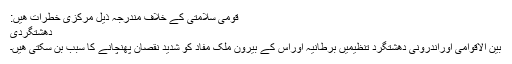
قومی سلامتی کے خلاف مندرجہ ذيل مرکزی خطرات ھيں:
دھشتگردی
بين الاقوامی اوراندرونی دھشتگرد تنظيميں برطانيہ اوراس کے بيرون ملک مفاد کو شديد نقصان پھنچانے کا سبب بن سکتی ھيں۔